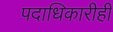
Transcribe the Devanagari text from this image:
पदाधिकारीही